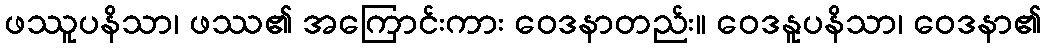
ဖဿူပနိသာ၊ ဖဿ၏ အကြောင်းကား ဝေဒနာတည်း။ ဝေဒနူပနိသာ၊ ဝေဒနာ၏